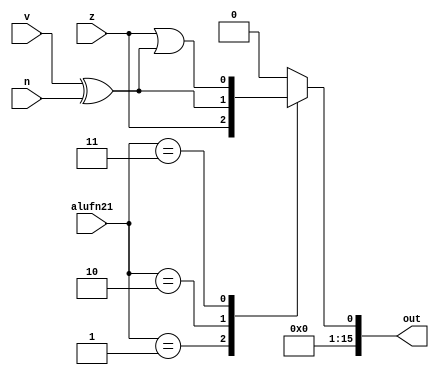
module compare16bit_16 (
    input [1:0] alufn21,
    input z,
    input v,
    input n,
    output reg [15:0] out
  );
  
  
  
  always @* begin
    out = 1'h0;
    
    case (alufn21)
      2'h1: begin
        out[0+0-:1] = z;
      end
      2'h2: begin
        out[0+0-:1] = v ^ n;
      end
      2'h3: begin
        out[0+0-:1] = z | (v ^ n);
      end
    endcase
  end
endmodule